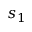
s _ { 1 }